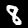
Label: 8